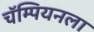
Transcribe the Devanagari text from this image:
चॅम्पियनला